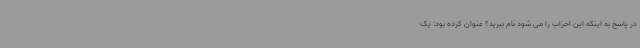
در پاسخ به اینکه این احزاب را می شود نام ببرید؟ عنوان کرده بود: یک